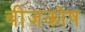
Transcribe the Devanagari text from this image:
बीजकोष